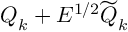
\boldsymbol { Q } _ { k } + E ^ { 1 / 2 } \widetilde { \boldsymbol { Q } } _ { k }